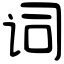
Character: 词